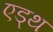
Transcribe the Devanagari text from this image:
एड्थ